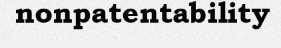
nonpatentability